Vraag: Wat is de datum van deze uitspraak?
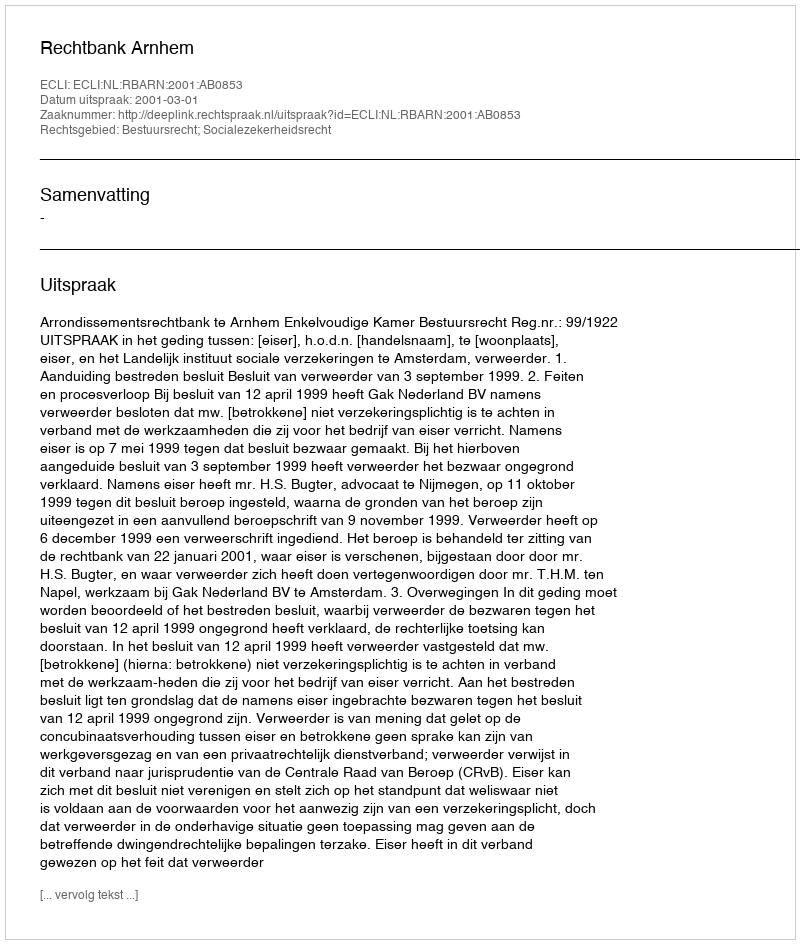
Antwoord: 2001-03-01